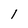
Character: l